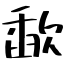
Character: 歃